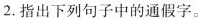
2.指出下列句子中的通假字。